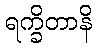
ရက္ခိတာနိ